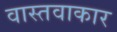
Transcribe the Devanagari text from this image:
वास्तवाकार